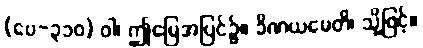
(ပေ-၃၁၀) ဝါ၊ ဤမြေအပြင်၌။ ခိဏယမေတိ၊ သို့ဖြင့်။